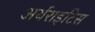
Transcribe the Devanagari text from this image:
अर्थराइटिस